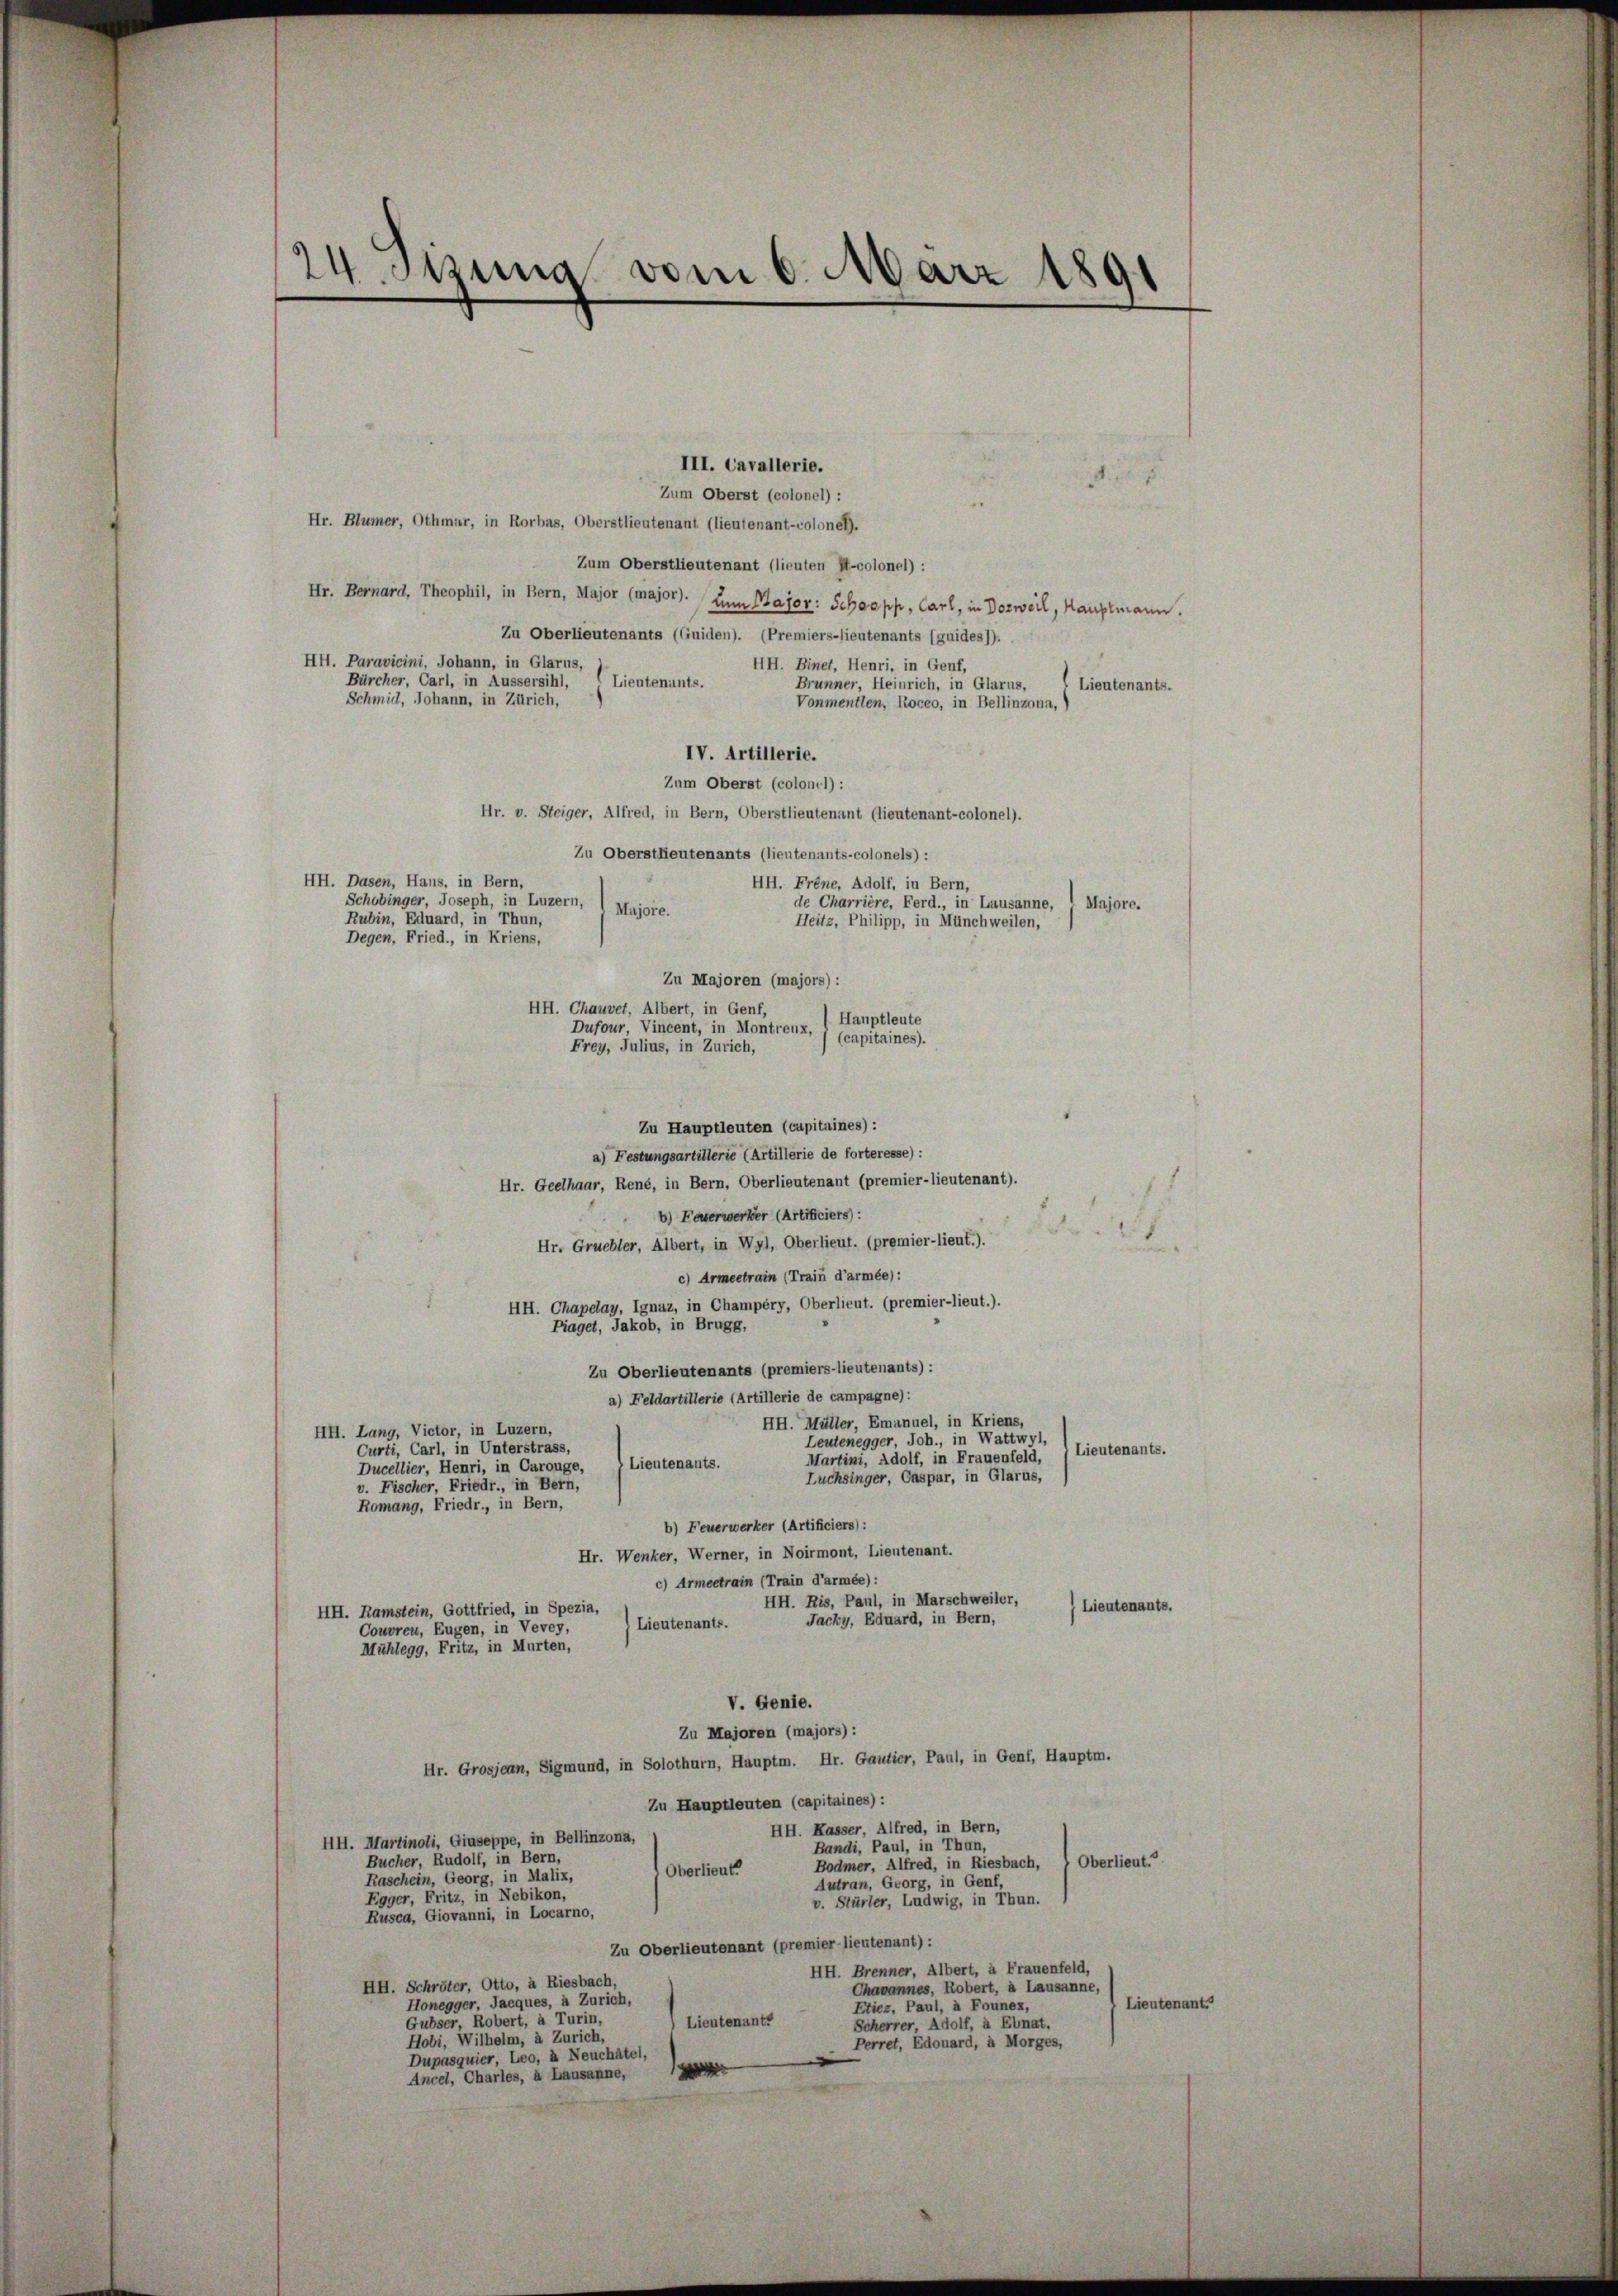
24. Sizung vom 6. März 1891

III. Cavallerie.
Zum Oberst (colonel) :
Hr. Blümer, Othmar, in Rorbas, Oberstlieutenant (lieutenant-colonen.
Zum Oberstlieutenant (lieuten It-colonel) :
Hr. Bernard, Theophil, in Bern, Major (major). Zum Major: Schoepp, Carl, in Dozweil, Hauptmann.
Zu Oberlieutenants (Guiden). (Premiers-lieutenants (guides)).
HH. Paravicini, Johann, in Glarus,
HH. Binet, Henri, in Genf,
Bürcher, Carl, in Aussersihl,
Lieutenants.
Brunner, Heinrich, in Glarus,
Lieutenants.
Schmid, Johann, in Zürich,
Vonmentlen, Roceo, in Bellinzona,
IV. Artillerie.
Zum Oberst (colonel):
Hr. v. Steiger, Alfred, in Bern, Oberstlieutenant (lieutenant-colonel).
Zu Oberstlieutenants (lieutenants-colonels) :
HH. Dasen, Haus, in Bern,
HH. Frene, Adolf, in Bern,
Schobinger, Joseph, in Luzern,
de Charrière, Ferd., in Lausanne,
Majore.
Majore.
Rubin, Eduard, in Thun,
Heitz, Philipp, in Münchweilen,
Degen, Fried., in Kriens,
Zu Majoren (majors):
HH. Chauvet, Albert, in Genf,
Hauptleute
Dufour, Vincent, in Montreux,
(capitaines).
Frey, Julius, in Zürich,
Zu Hauptleuten (capitaines) :
a) Festungsartillerie (Artillerie de forteresse) :
Hr. Geelhaar, René, in Bern, Oberlieutenant (premier-lieutenant).
b) Faverwerker (Artificiers):
Hr. Gruebler, Albert, in Wyl, Oberlieut. (premier-lieut.).
c) Armeetrain (Train d’armée):
HH. Chapelay, Ignaz, in Champéry, Oberlieut. (premier-lieut.).
Piaget, Jakob, in Brugg,
Zu Oberlieutenants (premiers-lieutenants) :
a) Feldartillerie (Artillerie de campagne):
HH. Müller, Emanuel, in Kriens,
HH. Lang, Victor, in Luzern,
Leutenegger, Joh., in Wattwyl,
Curti, Carl, in Unterstrass,
Lieutenants.
Martini, Adolf, in Frauenfeld,
Lieutenants.
Ducellier, Henri, in Carouge,
Luchsinger, Caspar, in Glarus,
v. Fischer, Priedr., in Bern,
Romang, Friedr., in Bern,
b) Feuerwerker (Artificiers):
Hr. Wenker, Werner, in Noirmont, Lieutenant.
c) Armeetrain (Train d’armée):
HH. Ris, Paul, in Marschweiler,
Lieutenants.
HH. Ramstein, Gottfried, in Spezia,
Jachy, Eduard, in Bern,
Lieutenants.
Couvreu, Eugen, in Vevey,
Mühlegg, Fritz, in Murten,
V. Genie.
Zu Majoren (majors):
Hr. Grosjean, Sigmund, in Solothurn, Hauptm. Hr. Gautier, Paul, in Genf, Hauptm.
Zu Hauptleuten (capitaines) :
HH. Kasser, Alfred, in Bern,
HH. Martinoli, Giuseppe, in Bellinzona,
Bandi, Paul, in Thun,
Bucher, Rudolf, in Bern,
Bodmer, Alfred, in Riesbach, 1 Oberlieut.“
) Oberlieut
Raschein, Georg, in Malix,
Autran, Georg, in Genf,
Egger, Fritz, in Nebikon,
v. Stürler, Ludwig, in Thun.
Rusca, Giovanni, in Locarno,
Zu Oberlieutenant (premier-lieutenant):
HH. Brenner, Albert, à Frauenfeld,
HH. Schröter, Otto, à Riesbach,
Chavannes, Robert, à Lausanne,
Honegger, Jacques, à Zürich,
Lieutenant.
Etiez, Paul, à Founex,
Gubser, Robert, à Turin,
Lieutenants
Scherrer, Adolf, à Ebnat.
Hobi, Wilhelm, à Zürich,
Perret, Edouard, à Morges,
Dupasquier, Leo, à Neuchâtel,
e
Ancel, Charles, à Lausanne,